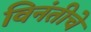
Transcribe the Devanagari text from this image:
विनंतीचे